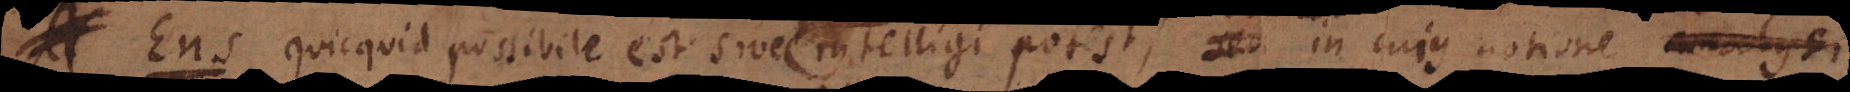
s, quicquid possibile est intelligi potest, hoc est in cujus notione analysi